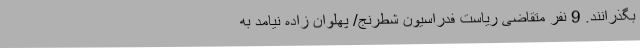
بگذرانند. 9 نفر متقاضی ریاست فدراسیون شطرنج/ پهلوان زاده نیامد به